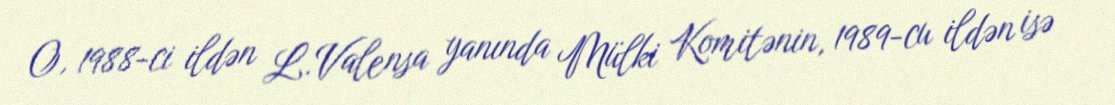
O, 1988-ci ildən L.Valensa yanında Mülki Komitənin, 1989-cu ildən isə